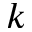
k